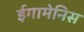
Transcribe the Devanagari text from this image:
ईगामेनिस